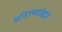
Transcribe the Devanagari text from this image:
अतिउष्णतेद्वारे